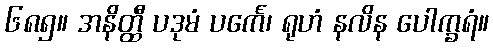
၆၈၅။ အနိတ္ထီ ပဒုမံ ပင်္ကေ၊ ရုဟံ နလိန ပေါက္ခရံ။